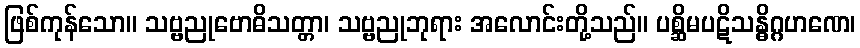
ဖြစ်ကုန်သော။ သဗ္ဗညုဗောဓိသတ္တာ၊ သဗ္ဗညုဘုရား အလောင်းတို့သည်။ ပစ္ဆိမပဋိသန္ဓိဂ္ဂဟဏေ၊